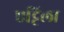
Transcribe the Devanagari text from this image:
एट्टिला